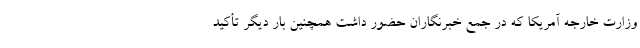
وزارت خارجه آمریکا که در جمع خبرنگاران حضور داشت همچنین بار دیگر تأکید